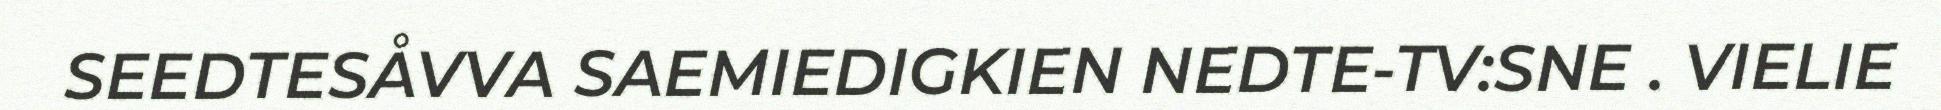
SEEDTESÅVVA SAEMIEDIGKIEN NEDTE-TV:SNE . VIELIE